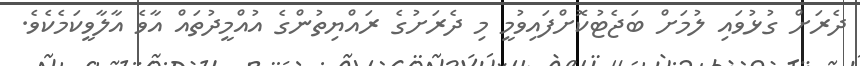
ދެރަށް ގުޅުވައި ލުމަށް ބަޖެޓުކޮށްފައިވުމީ މި ދެރަށުގެ ރައްޔިތުންގެ އުއްމީދުތައް އާވެ އާލާވީކަމެކެވެ.